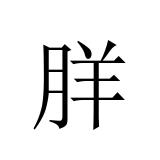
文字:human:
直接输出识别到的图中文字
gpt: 羘